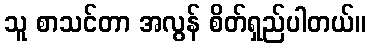
သူ စာသင်တာ အလွန် စိတ်ရှည်ပါတယ်။